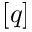
[ q ]